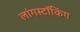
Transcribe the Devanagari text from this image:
लांगस्टॉकिंग